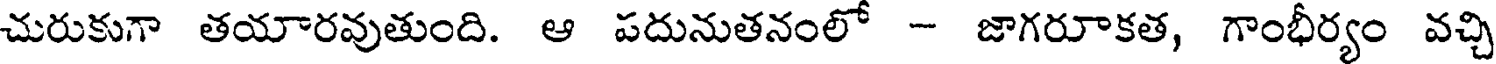
చురుకుగా తయారవుతుంది. ఆ పదునుతనంలో - జాగరూకత, గాంభీర్యం వచ్చి